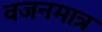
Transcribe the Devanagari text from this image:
वजनमात्र